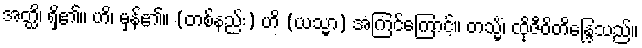
အတ္ထိ၊ ရှိ၏။ ဟိ၊ မှန်၏။ (တစ်နည်း) ဟိ (ယသ္မာ) အကြင်ကြောင့်။ တသ္မိံ၊ ထိုဇီဝိတိန္ဒြေသည်။